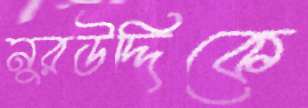
নুরউদ্দিকে